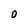
Character: D